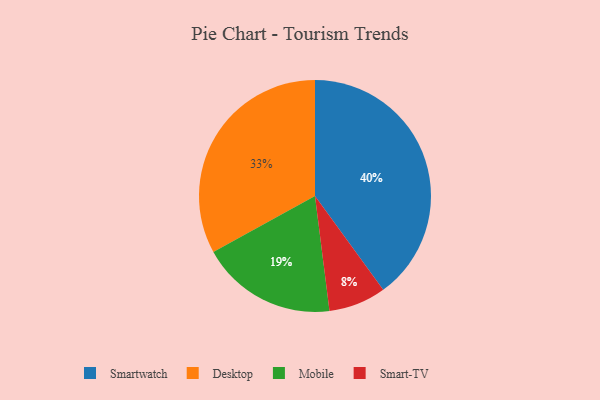
{"axis": {"x": "Category", "y": "Percentage"}, "legend": ["Desktop", "Mobile", "Smart-TV", "Smartwatch"], "data": [{"x": "Mobile", "y": 19, "type": "Mobile"}, {"x": "Smartwatch", "y": 40, "type": "Smartwatch"}, {"x": "Desktop", "y": 33, "type": "Desktop"}, {"x": "Smart-TV", "y": 8, "type": "Smart-TV"}]}